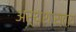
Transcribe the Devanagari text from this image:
अर्थशास्त्रा